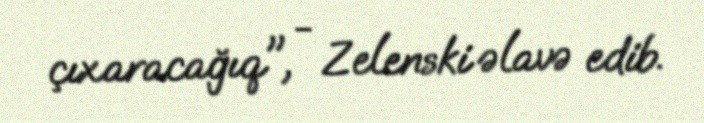
çıxaracağıq", - Zelenski əlavə edib.